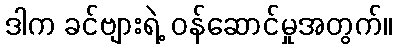
ဒါက ခင်ဗျားရဲ့ ဝန်ဆောင်မှုအတွက်။